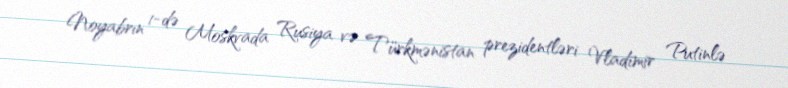
Noyabrın 1-də Moskvada Rusiya və Türkmənistan prezidentləri Vladimir Putinlə